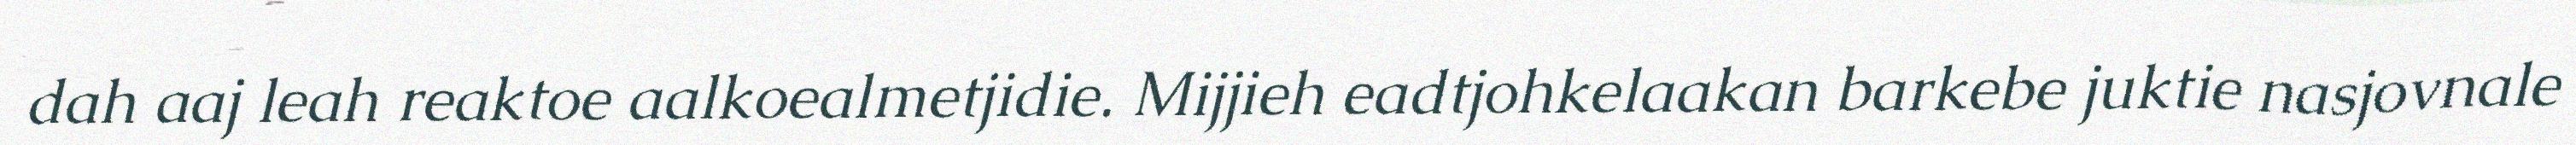
dah aaj leah reaktoe aalkoealmetjidie. Mijjieh eadtjohkelaakan barkebe juktie nasjovnale